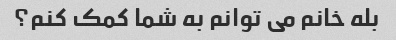
بله خانم می توانم به شما کمک کنم؟